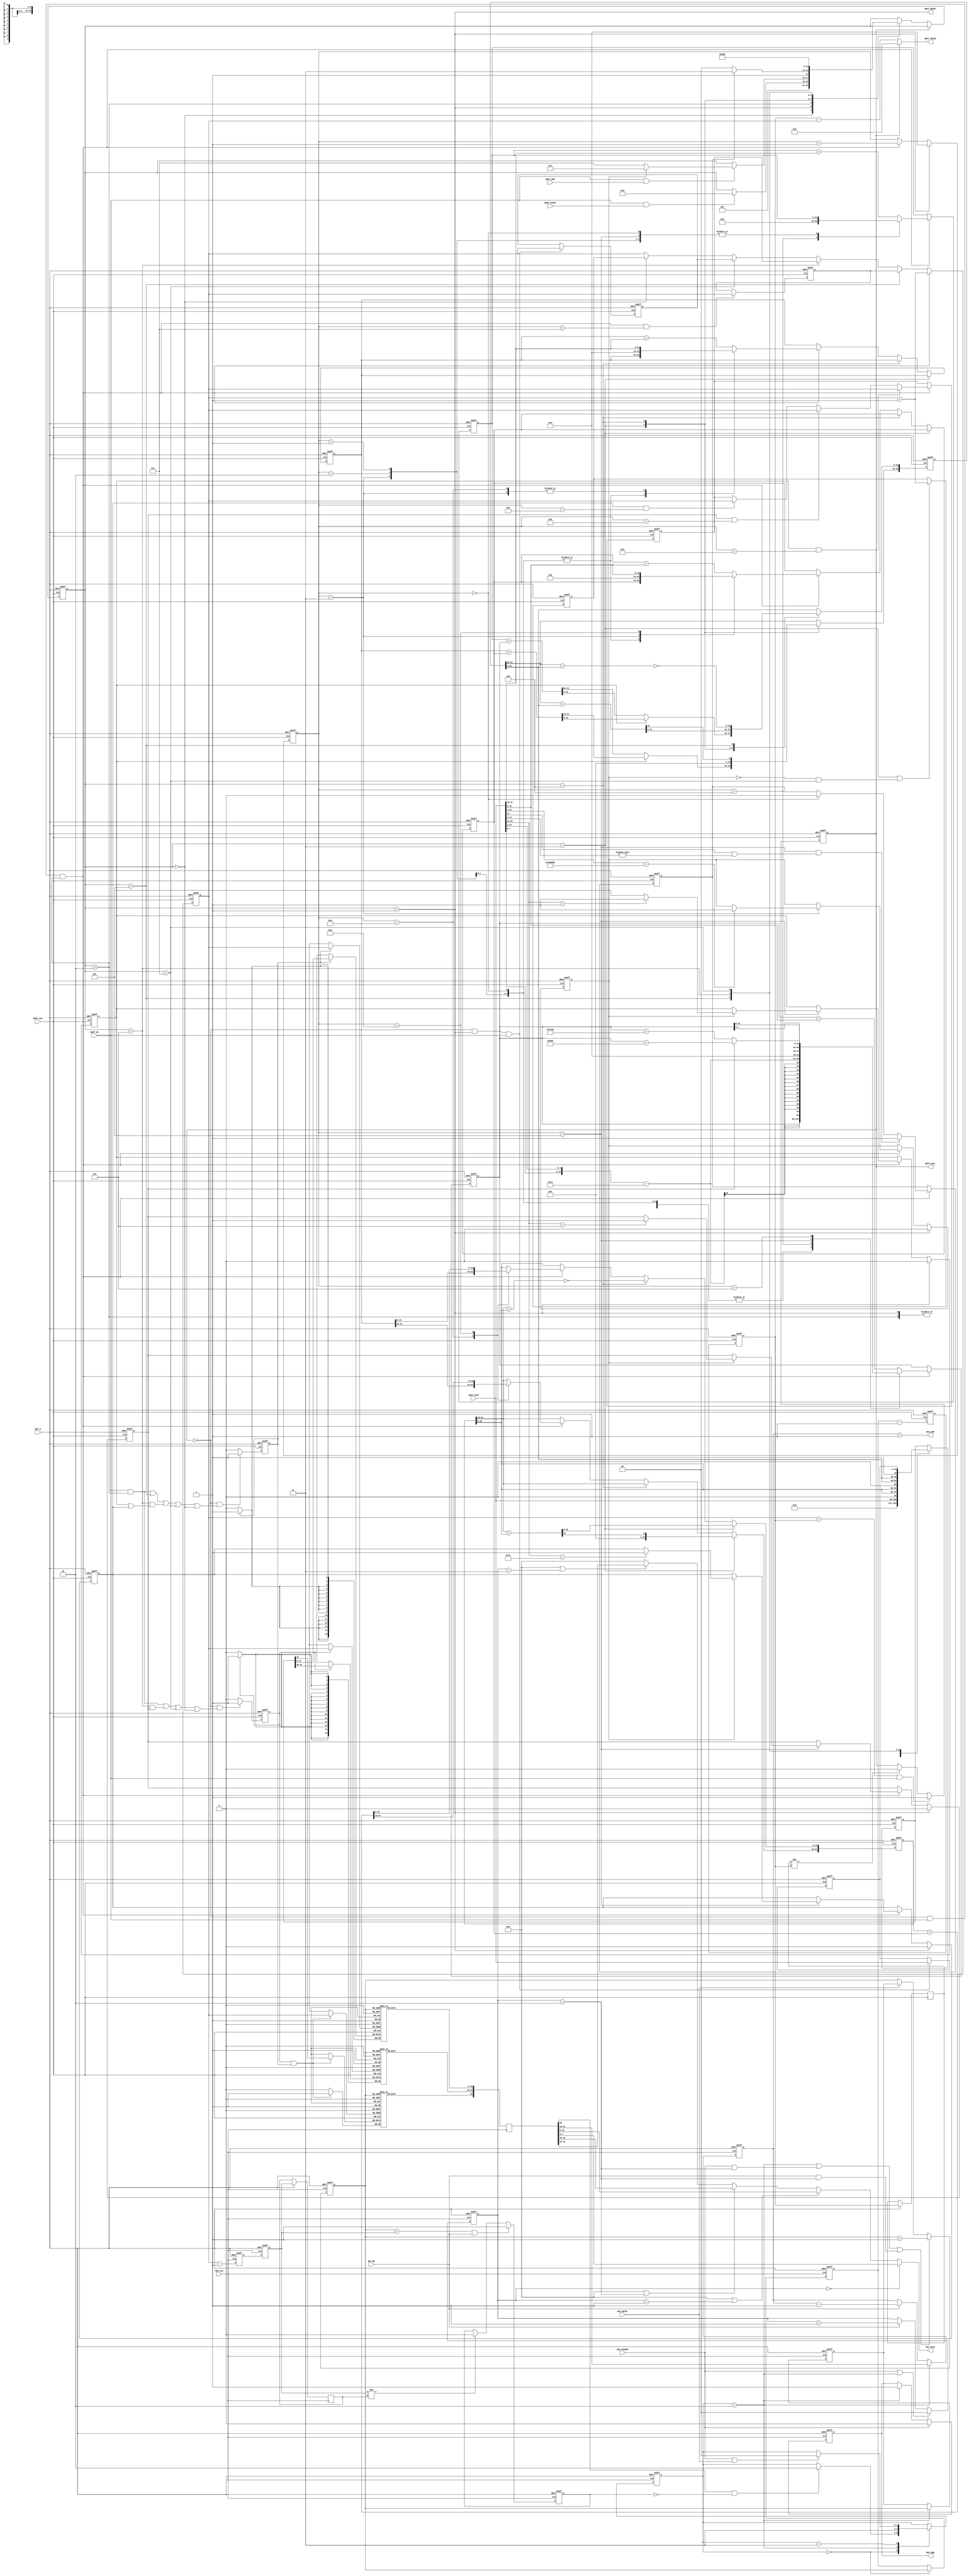
/*
* PROJECT: AQUAXIS Giga Ethernet MAC
* ----------------------------------------------------------------------
*
* Gigabit MAC
* Copyright (C) 2007-2012 H.Ishihara, http://www.aquaxis.com/
*
* Permission is hereby granted, free of charge, to any person obtaining
* a copy of this software and associated documentation files (the
* "Software"), to deal in the Software without restriction, including
* without limitation the rights to use, copy, modify, merge, publish,
* distribute, sublicense, and/or sell copies of the Software, and to
* permit persons to whom the Software is furnished to do so, subject to
* the following conditions:
*
* The above copyright notice and this permission notice shall be
* included in all copies or substantial portions of the Software.
*
* THE SOFTWARE IS PROVIDED "AS IS", WITHOUT WARRANTY OF ANY KIND,
* EXPRESS OR IMPLIED, INCLUDING BUT NOT LIMITED TO THE WARRANTIES OF
* MERCHANTABILITY, FITNESS FOR A PARTICULAR PURPOSE AND
* NONINFRINGEMENT. IN NO EVENT SHALL THE AUTHORS OR COPYRIGHT HOLDERS BE
* LIABLE FOR ANY CLAIM, DAMAGES OR OTHER LIABILITY, WHETHER IN AN ACTION
* OF CONTRACT, TORT OR OTHERWISE, ARISING FROM, OUT OF OR IN CONNECTION
* WITH THE SOFTWARE OR THE USE OR OTHER DEALINGS IN THE SOFTWARE.
*
* For further information please contact.
*   http://www.aquaxis.com/
*   info(at)aquaxis.com or hidemi(at)sweetcafe.jp
*
* 2007/01/06 H.Ishihara	Create
*/
module aq_gemac_tx_buff(
	input			RST_N,

	//
	input			BUFF_CLK,
	input			BUFF_WE,
	input			BUFF_START,
	input		 	BUFF_END,
	output			BUFF_READY,
	input [31:0]	BUFF_DATA,
	output			BUFF_FULL,
	output [9:0]	BUFF_SPACE,

	//
	input			MAC_CLK,
	output			MAC_REQ,
	input			MAC_RE,
	output			MAC_EOP,
	input			MAC_FINISH,
	input			MAC_RETRY,
	output [7:0]	MAC_DATA
);
	parameter EMAC_TX_DEPTH = 10;

	reg [15:0]	MemoryH[2**EMAC_TX_DEPTH-1:0];
	reg [15:0]	MemoryL[2**EMAC_TX_DEPTH-1:0];
	reg			MemoryE[2**EMAC_TX_DEPTH-1:0];

	reg [2:0]	WriteState;

	parameter S_INIT	  = 3'd0;
	parameter S_IDLE	  = 3'd1;
	parameter S_DATA	  = 3'd2;
	parameter S_CHECKSUM1 = 3'd3;
	parameter S_CHECKSUM2 = 3'd4;
	parameter S_CHECKSUM3 = 3'd5;
	parameter S_CHECKSUM4 = 3'd6;
	parameter S_FINISH	= 3'd7;

	reg [32:0]	WriteData;
	reg [31:0]	WriteFiRST_NData;
	reg			WriteEnableH, WriteEnableL;
	reg [15:0]	WriteWord;
	reg [EMAC_TX_DEPTH-1:0]		WriteAddress, WriteStartAddress, WriteNextAddress, WriteIPAddress, WriteProtocolAddress, WriteRdAdrs, WriteRdAdrsNew, WriteRdAdrsDl;
	reg			WriteIP, WriteICMP, WriteTCP, WriteUDP;
//	reg		 WriteARP;
	reg			WriteFull;
	reg [31:0]	CheckSumIP;
	reg [31:0]	CheckSumIPH;
	reg [31:0]	CheckSumIPL;
	reg [31:0]	CheckSumTCPH;
	reg [31:0]	CheckSumTCPL;
	reg [31:0]	CheckSumProtocol;
	reg			NotIpCheckSum;

	reg [32:0]	ReadData;

	reg [1:0]	ReadState;

	parameter RS_IDLE = 2'd0;
	parameter RS_INIT = 2'd2;
	parameter RS_DATA = 2'd3;

	reg			TxReq;
	reg [1:0]	ReadCount;
	reg [EMAC_TX_DEPTH-1:0]	ReadAddress, ReadWrAdrsDl, ReadWrAdrs, ReadWrAdrsNew, ReadStartAddress, ReadWaitAddress;
	reg			ReadEmpty;
	reg [15:0]	ReadLength;

	// State Machine
	always @(posedge BUFF_CLK or negedge RST_N) begin
		if(!RST_N) begin
			WriteState <= S_INIT;
		end else begin
			if(!WriteFull) begin
				case(WriteState)
					S_INIT: begin
						WriteState <= S_IDLE;
					end
					S_IDLE: begin
						if(BUFF_WE && BUFF_START) begin
							WriteState <= S_DATA;
						end
					end
					S_DATA: begin
						if(BUFF_WE && BUFF_END) begin
							if(WriteIP) WriteState <= S_CHECKSUM1;
							else		WriteState <= S_FINISH;
						end
					end
					S_CHECKSUM1: begin
						if(NotIpCheckSum)   WriteState <= S_FINISH;
						else				WriteState <= S_CHECKSUM2;
					end
					S_CHECKSUM2: begin
						WriteState <= S_CHECKSUM3;
					end
					S_CHECKSUM3: begin
						WriteState <= S_CHECKSUM4;
					end
					S_CHECKSUM4: begin
						WriteState <= S_FINISH;
					end
					S_FINISH: begin
						WriteState <= S_INIT;
					end
				endcase
			end
		end
	end

	always @(posedge BUFF_CLK or negedge RST_N) begin
		if(!RST_N) begin
			WriteData				<= 33'd0;
			WriteFiRST_NData		<= 32'd0;
			WriteEnableH			<= 1'b0;
			WriteEnableL			<= 1'b0;
			WriteWord				<= 16'd0;
			WriteAddress			<= {EMAC_TX_DEPTH{1'b0}};
			WriteStartAddress		<= {EMAC_TX_DEPTH{1'b0}};
			WriteNextAddress		<= {EMAC_TX_DEPTH{1'b0}};
			WriteIPAddress			<= {EMAC_TX_DEPTH{1'b0}};
			WriteProtocolAddress	<= {EMAC_TX_DEPTH{1'b0}};
			WriteIP					<= 1'b0;
//			WriteARP				<= 1'b0;
			WriteICMP				<= 1'b0;
			WriteTCP				<= 1'b0;
			WriteUDP				<= 1'b0;
			WriteRdAdrsDl			<= {EMAC_TX_DEPTH{1'b0}};
			WriteRdAdrs				<= {EMAC_TX_DEPTH{1'b0}};
			WriteFull				<= 1'b0;
			CheckSumIP				<= 32'd0;
			CheckSumIPH				<= 32'd0;
			CheckSumIPL				<= 32'd0;
			CheckSumTCPH			<= 32'd0;
			CheckSumTCPL			<= 32'd0;
			CheckSumProtocol		<= 32'd0;
			NotIpCheckSum			<= 1'b0;
		end else begin
			case(WriteState)
				S_INIT: begin
					WriteData <= 33'd0;
				end
				S_IDLE, S_DATA: begin
					WriteData <= {1'b0, BUFF_DATA};
				end
				S_CHECKSUM3: begin
					WriteData <= {1'b0, CheckSumIP[15:0], CheckSumIP[15:0]};
				end
				S_CHECKSUM4: begin
					WriteData <= {1'b0, CheckSumProtocol[15:0], CheckSumProtocol[15:0]};
				end
				S_FINISH: begin
					WriteData <= {1'b1, WriteFiRST_NData};
				end
			endcase

			if(!WriteFull && WriteState == S_IDLE && BUFF_WE)	WriteFiRST_NData <= BUFF_DATA;

			if(!WriteFull && ((BUFF_WE && WriteState == S_DATA ) || (WriteState == S_CHECKSUM4 && WriteTCP) || WriteState == S_FINISH || WriteState == S_INIT))	WriteEnableH <= 1'b1;
			else																			WriteEnableH <= 1'b0;

			if(!WriteFull && ((BUFF_WE && WriteState == S_DATA ) || WriteState == S_CHECKSUM3 || (WriteState == S_CHECKSUM4 && (WriteICMP || WriteUDP)) || WriteState == S_FINISH || WriteState == S_INIT))	WriteEnableL <= 1'b1;
			else																			WriteEnableL <= 1'b0;

			if(WriteState == S_IDLE)								WriteWord <= 0;
			else if(!WriteFull && BUFF_WE && WriteState == S_DATA)	WriteWord <= WriteWord + 1;

			if(!WriteFull && BUFF_WE && WriteState == S_DATA)   WriteAddress <= WriteAddress + 1;
			else if(WriteState == S_CHECKSUM3)				  WriteAddress <= WriteIPAddress;
			else if(WriteState == S_CHECKSUM4)				  WriteAddress <= WriteProtocolAddress;
			else if(WriteState == S_FINISH)					 WriteAddress <= WriteStartAddress;
			else if(WriteState == S_INIT)					   WriteAddress <= WriteNextAddress;

			if(!WriteFull && WriteState == S_IDLE && BUFF_WE)					   WriteStartAddress <= WriteAddress;
			if(WriteState == S_CHECKSUM1 || (!WriteIP && WriteState == S_FINISH))   WriteNextAddress <= WriteAddress + 1;

			if(!WriteFull && BUFF_WE && WriteState == S_DATA && WriteWord == 16'd7) WriteIPAddress <= WriteAddress;
			if(!WriteFull && BUFF_WE && WriteState == S_DATA) begin
				if(WriteICMP && WriteWord == 16'd10)		WriteProtocolAddress <= WriteAddress;
				else if(WriteTCP && WriteWord == 16'd13)	WriteProtocolAddress <= WriteAddress;
				else if(WriteUDP && WriteWord == 16'd11)	WriteProtocolAddress <= WriteAddress;
			end

			// Detect Protocol
			if(WriteState == S_IDLE) begin
				WriteIP	 <= 1'b0;
//				WriteARP	<= 1'b0;
				WriteICMP   <= 1'b0;
				WriteTCP	<= 1'b0;
				WriteUDP	<= 1'b0;
			end else if(!WriteFull && BUFF_WE && WriteState == S_DATA) begin
				case(WriteWord)
					16'd3: begin
						if(BUFF_DATA[23:0] == 24'h450008) begin
							WriteIP <= 1'b1;
						end
					end
					16'd5: begin
						if(WriteIP) begin
							case(BUFF_DATA[31:24])
								8'h01: begin
									WriteICMP <= 1'b1;
								end
								8'h06: begin
									WriteTCP <= 1'b1;
								end
								8'h11: begin
									WriteUDP <= 1'b1;
								end
							endcase
						end
					end
				endcase
			end

			if(!WriteFull && BUFF_WE && WriteState == S_DATA) begin
				if(WriteWord == 16'd0) NotIpCheckSum <= 1'b0;
				if(WriteWord == 16'd5 & (BUFF_DATA[13] || (BUFF_DATA[12:0] != 13'd0)))	NotIpCheckSum <= 1'b1;
			end

			// CheckSum(IP+ICMP)
			if(WriteState == S_CHECKSUM1) begin
				CheckSumIP[31:0] <= {16'd0, CheckSumIP[31:16]} + {16'd0, CheckSumIP[15:0]};
			end else if(WriteState == S_CHECKSUM2) begin
				CheckSumIP[15:0] <= ~(CheckSumIP[31:16] + CheckSumIP[15:0]);
			end else if(!WriteFull && BUFF_WE && WriteState == S_DATA) begin
				case(WriteWord)
					16'd0,16'd1,16'd2: begin
						// No Operation
					end
					16'd3: begin
						CheckSumIPH <= {16'h0000,BUFF_DATA[31:16]};
						CheckSumIPL <= 32'd0;
					end
					16'd4,16'd5,16'd6,16'd7: begin
						CheckSumIPH <= CheckSumIPH + {16'h0000,BUFF_DATA[31:16]};
						CheckSumIPL <= CheckSumIPL + {16'h0000,BUFF_DATA[15: 0]};
					end
					16'd8: begin
						CheckSumIP <= CheckSumIPH;
						CheckSumIPH <= {16'h0000,BUFF_DATA[31:16]};
						CheckSumIPL <= CheckSumIPL + {16'h0000,BUFF_DATA[15: 0]};
					end
					16'd9: begin
						CheckSumIP <= CheckSumIP + CheckSumIPL;
						CheckSumIPH <= CheckSumIPH + {16'h0000,BUFF_DATA[31:16]};
						CheckSumIPL <= {16'h0000,BUFF_DATA[15:0]};
					end
					default: begin
						CheckSumIPH <= CheckSumIPH + {16'h0000,BUFF_DATA[31:16]};
						CheckSumIPL <= CheckSumIPL + {16'h0000,BUFF_DATA[15: 0]};
					end
				endcase
			end

			// ChechSum(TCP/UDP)
			if(!WriteFull && BUFF_WE && WriteState == S_DATA) begin
				case(WriteWord)
					16'd0,16'd1,16'd2,16'd3: begin
						// No Operation
					end
					16'd4: begin
						CheckSumTCPH <= 32'd0;
						CheckSumTCPL <= {16'h0000,BUFF_DATA[7:0],BUFF_DATA[15:8]} - 32'd20;
					end
					16'd5: begin
						CheckSumTCPL <= {16'h0000,CheckSumTCPL[7:0],CheckSumTCPL[15:8]};
					end
					16'd6: begin
						CheckSumTCPH <= CheckSumTCPH + {16'h0000,BUFF_DATA[31:16]};
						if(WriteTCP)	CheckSumTCPL <= CheckSumTCPL + 32'h00000600;
						else			CheckSumTCPL <= CheckSumTCPL + 32'h00001100;
					end
					default: begin
						CheckSumTCPH <= CheckSumTCPH + {16'h0000,BUFF_DATA[31:16]};
						CheckSumTCPL <= CheckSumTCPL + {16'h0000,BUFF_DATA[15: 0]};
					end
				endcase
			end

			case(WriteState)
				S_CHECKSUM1: begin
					if(WriteICMP)   CheckSumProtocol <= CheckSumIPH + CheckSumIPL;
					else			CheckSumProtocol <= CheckSumTCPH + CheckSumTCPL;
				end
				S_CHECKSUM2: begin
					CheckSumProtocol[31:0] <= {16'd0, CheckSumProtocol[31:16]} + {16'd0, CheckSumProtocol[15:0]};
				end
				S_CHECKSUM3: begin
					CheckSumProtocol[15:0] <= ~(CheckSumProtocol[31:16] + CheckSumProtocol[15:0]);
				end
			endcase

			WriteRdAdrsDl   <= ReadWaitAddress -1;
			WriteRdAdrs	 <= WriteRdAdrsDl;
			WriteRdAdrsNew  <= WriteRdAdrs;
			if(WriteAddress == WriteRdAdrs && BUFF_WE)  WriteFull <= 1'b1;
			else if(WriteRdAdrsNew != WriteRdAdrs)	  WriteFull <= 1'b0;
		end
	end

	assign BUFF_FULL	= WriteFull;
	assign BUFF_READY	= WriteState == S_IDLE;
	assign BUFF_SPACE	= (!WriteFull)?(WriteRdAdrs - WriteAddress):10'd0;

	always @(posedge BUFF_CLK) begin
		if(WriteEnableH)					MemoryH[WriteAddress] <= WriteData[31:16];
		if(WriteEnableL)					MemoryL[WriteAddress] <= WriteData[15: 0];
		if(WriteEnableH && WriteEnableL)	MemoryE[WriteAddress] <= WriteData[32];
	end

	always @(posedge MAC_CLK) begin
		ReadData[32] <= MemoryE[ReadAddress];
		ReadData[31:16] <= MemoryH[ReadAddress];
		ReadData[15:0]  <= MemoryL[ReadAddress];
	end

	always @(posedge MAC_CLK or negedge RST_N) begin
		if(!RST_N) begin
			ReadState <= RS_IDLE;
		end else begin
			case(ReadState)
				RS_IDLE: begin
					if(ReadData[32] & !ReadEmpty) ReadState <= RS_INIT;
				end
				RS_INIT: begin
					ReadState <= RS_DATA;
				end
				RS_DATA: begin
					if(MAC_FINISH || MAC_RETRY)	ReadState <= RS_IDLE;
				end
			endcase
		end
	end

	always @(posedge MAC_CLK or negedge RST_N) begin
		if(!RST_N) begin
			TxReq				<= 1'b0;
			ReadCount			<= 2'd0;
			ReadAddress			<= {EMAC_TX_DEPTH{1'b0}};
			ReadWrAdrsDl		<= {EMAC_TX_DEPTH{1'b0}};
			ReadWrAdrs			<= {EMAC_TX_DEPTH{1'b0}};
			ReadStartAddress	<= {EMAC_TX_DEPTH{1'b0}};
			ReadWaitAddress		<= {EMAC_TX_DEPTH{1'b0}};
			ReadEmpty			<= 1'b1;
			ReadLength			<= 16'd0;
		end else begin
			if(MAC_FINISH)					TxReq <= 1'b0;
			else if(ReadState == RS_INIT)	TxReq <= 1'b1;

			if(MAC_FINISH || ReadState == RS_INIT)	ReadCount <= 0;
			else if(MAC_RE)							ReadCount <= ReadCount +1;

			if(ReadState == RS_INIT)	ReadLength <= ReadData[31:16];
			else if(MAC_RE)				ReadLength <= ReadLength - 1;

			if(ReadState == RS_INIT || (MAC_FINISH && ReadCount == 2'd2) || (MAC_RE && ReadCount == 2'd2))		ReadAddress <= ReadAddress + 1;
			else if(MAC_RETRY)																					ReadAddress <= ReadStartAddress;

			if(ReadState == RS_INIT) ReadStartAddress <= ReadAddress;
			if(ReadState == RS_IDLE) ReadWaitAddress <= ReadAddress;

			ReadWrAdrsDl	<= WriteAddress -1;
			ReadWrAdrs		<= ReadWrAdrsDl;
			ReadWrAdrsNew	<= ReadWrAdrs;
			if(ReadAddress == ReadWrAdrs && MAC_RE)	ReadEmpty <= 1'b1;
			else if(ReadWrAdrs != ReadWrAdrsNew)	ReadEmpty <= 1'b0;
		end
	end

	assign MAC_REQ  = TxReq;
	assign MAC_DATA = (ReadCount == 2'd0)?ReadData[ 7: 0]:8'd0 ||
					  (ReadCount == 2'd1)?ReadData[15: 8]:8'd0 ||
					  (ReadCount == 2'd2)?ReadData[23:16]:8'd0 ||
					  (ReadCount == 2'd3)?ReadData[31:24]:8'd0;
	//assign MAC_EMPTY	= ReadEmpty;
	assign MAC_EOP  = ReadLength == 1;
endmodule